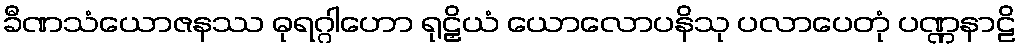
ခီဏသံယောဇနဿ ဓုရဂ္ဂါဟော ရုဠှိယံ ယောလောပနိသု ပလာပေတုံ ပဏ္ဏနာဠိ